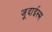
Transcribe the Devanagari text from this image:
जूदाईस्म